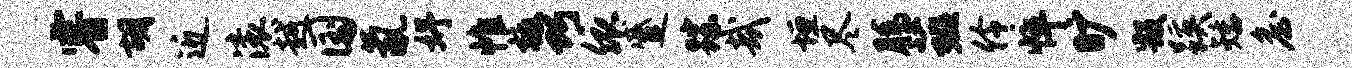
睿胡近滚越国氤妤帷檄巧依蹙踪哉垣尽腾薤伶悴旷毁蹊矮詹